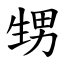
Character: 甥